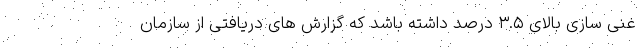
غنی سازی بالای ۳.۵ درصد داشته باشد که گزارش های دریافتی از سازمان